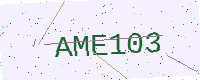
Text: AME103